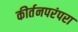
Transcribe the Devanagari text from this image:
कीर्तनपरंपरा